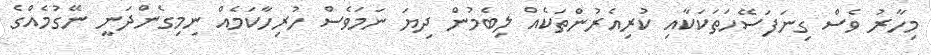
މިހާރު ވެސް ގިނަފަސޭހަތަކަކާއި ކުރިއެރުންތަކެއް ލިބެމުން ދިޔަ ނަމަވެސް ހުރިހާކަމެއް ނިމިގެންދަނީ ނޭގުމެއްގެ